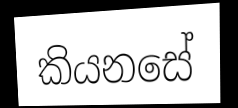
කියනසේ